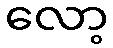
လော့